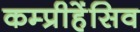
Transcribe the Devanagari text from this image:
कम्प्रीहेंसिव